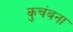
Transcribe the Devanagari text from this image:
कुचंबना